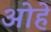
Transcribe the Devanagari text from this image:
ओहे